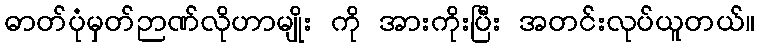
ဓာတ်ပုံမှတ်ဉာဏ်လိုဟာမျိုး ကို အားကိုးပြီး အတင်းလုပ်ယူတယ်။